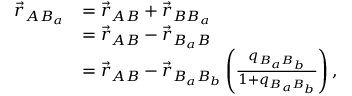
\begin{array} { r l } { \vec { r } _ { A B _ { a } } } & { = \vec { r } _ { A B } + \vec { r } _ { B B _ { a } } } \\ & { = \vec { r } _ { A B } - \vec { r } _ { B _ { a } B } } \\ & { = \vec { r } _ { A B } - \vec { r } _ { B _ { a } B _ { b } } \left( \frac { q _ { B _ { a } B _ { b } } } { 1 + q _ { B _ { a } B _ { b } } } \right) , } \end{array}